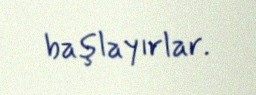
başlayırlar.